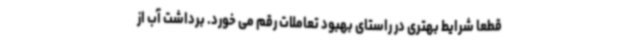
قطعا شرایط بهتری در راستای بهبود تعاملات رقم می خورد. برداشت آب از